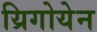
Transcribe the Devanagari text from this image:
य्रिगोयेन